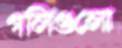
গলিগুলো